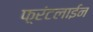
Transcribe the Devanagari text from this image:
फ़्रंटलाईन